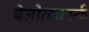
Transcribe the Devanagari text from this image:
बेलोत्सार्स्क